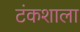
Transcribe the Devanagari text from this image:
टंकशाला